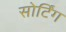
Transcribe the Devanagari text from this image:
सोर्टिंग